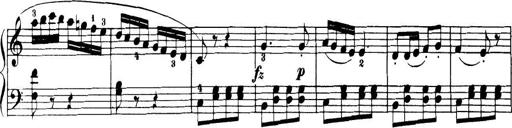
Title: 32 Sonatinas and Rondos for the Piano
Composer: Richard Kleinmichel